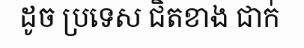
ដូច ប្រទេស ជិតខាង ជាក់